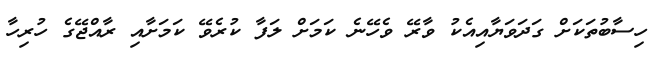
ހިސާބުތަކަށް ގަދަވަޔާއިއެކު ވާރޭ ވެހޭނެ ކަމަށް ލަފާ ކުރެވޭ ކަމަށާއި ރާއްޖޭގެ ހުރިހާ